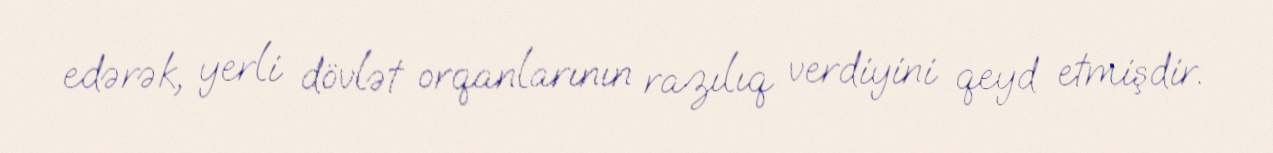
edərək, yerli dövlət orqanlarının razılıq verdiyini qeyd etmişdir.